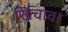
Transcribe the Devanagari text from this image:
खिचाव।